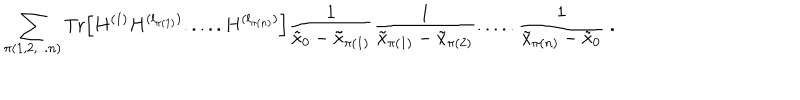
\sum _ { \pi ( 1 , 2 , . . . n ) } \mathrm { T r } \Big [ H ^ { ( 1 ) } H ^ { ( l _ { \pi ( 1 ) } ) } . . . . . H ^ { ( l _ { \pi ( n ) } ) } \Big ] \frac { 1 } { \tilde { x } _ { 0 } - \tilde { x } _ { \pi ( 1 ) } } \frac { 1 } { \tilde { x } _ { \pi ( 1 ) } - \tilde { x } _ { \pi ( 2 ) } } . . . . . \frac { 1 } { \tilde { x } _ { \pi ( n ) } - \tilde { x } _ { 0 } } \; .